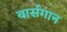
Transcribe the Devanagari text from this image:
बार्सगान